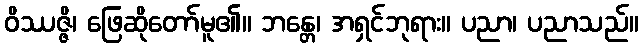
ဝိဿဇ္ဇိ၊ ဖြေဆိုတော်မူ၏။ ဘန္တေ၊ အရှင်ဘုရား။ ပညာ၊ ပညာသည်။